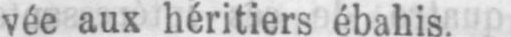
vée aux héritiers ébahis.